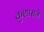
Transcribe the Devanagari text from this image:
कुशासने